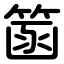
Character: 䈄